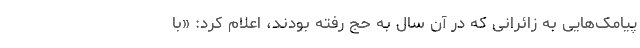
پیامک‌هایی به زائرانی که در آن سال به حج رفته بودند، اعلام کرد: «با